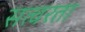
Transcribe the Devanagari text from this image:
सत्वरता